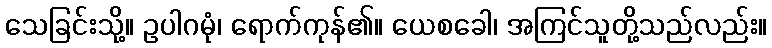
သေခြင်းသို့။ ဥပါဂမုံ၊ ရောက်ကုန်၏။ ယေစခေါ၊ အကြင်သူတို့သည်လည်း။